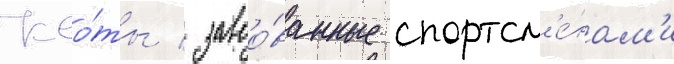
Кво́ты / завоо́ванные спортсм'е́нам'и